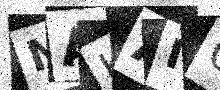
Text: NAKAI0